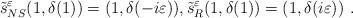
LaTeX: \begin{align*}\tilde s^\varepsilon_{NS}(1,\delta (1))=(1,\delta(-i \varepsilon)) , \tilde s^\varepsilon_{R}(1,\delta (1))=(1,\delta(i \varepsilon)) \ .\end{align*}